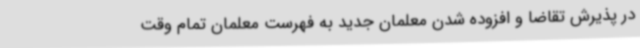
در پذیرش تقاضا و افزوده شدن معلمان جدید به فهرست معلمان تمام وقت